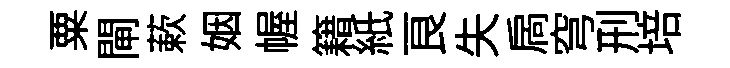
粟閘蔌姻幄籍紙良失扄穹刑培